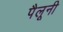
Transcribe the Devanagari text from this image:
पैलूनी